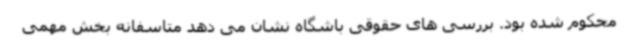
محکوم شده بود. بررسی های حقوقی باشگاه نشان می دهد متاسفانه بخش مهمی